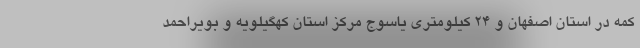
کمه در استان اصفهان و ۲۴ کیلومتری یاسوج مرکز استان کهگیلویه و بویراحمد